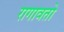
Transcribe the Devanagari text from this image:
रागावतो